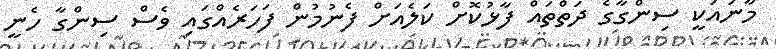
މާނައަކީ ސިންގާގެ ދަތްތައް ފާޅުކޮށް ކަލެއަށް ފެނުމުން ފަހަރެއްގައި ވެސް ސިންގާ ހެނީ